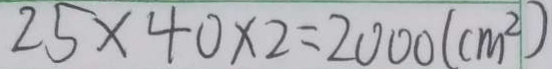
2 5 \times 4 0 \times 2 = 2 0 0 0 ( c m ^ { 2 } )